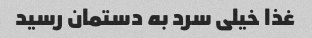
غذا خیلی سرد به دستمان رسید